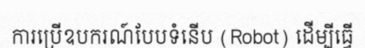
ការប្រើឧបករណ៍បែបទំនើប (Robot) ដើម្បីធ្វើ